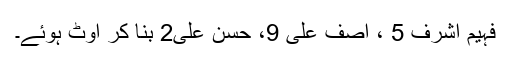
فہیم اشرف 5 ، آصف علی 9، حسن علی2 بنا کر آؤٹ ہوئے۔